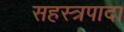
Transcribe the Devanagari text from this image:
सहस्त्रपादा